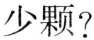
少颗?